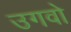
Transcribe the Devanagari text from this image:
उगवो